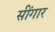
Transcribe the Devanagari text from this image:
सींगार